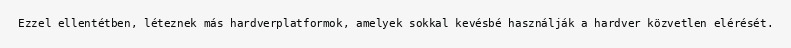
Ezzel ellentétben, léteznek más hardverplatformok, amelyek sokkal kevésbé használják a hardver közvetlen elérését.